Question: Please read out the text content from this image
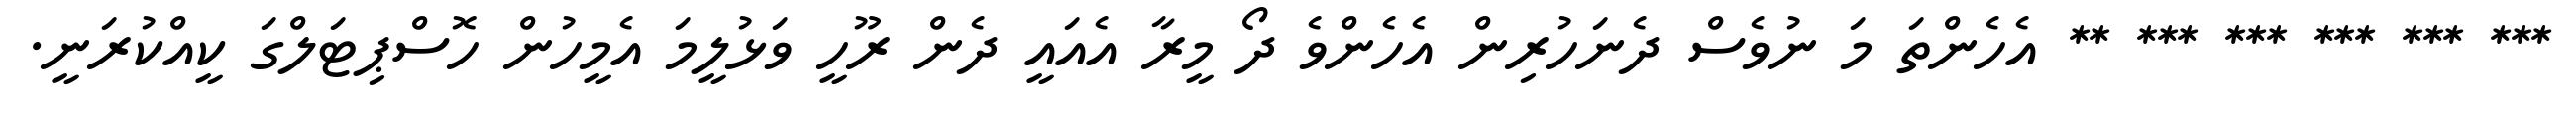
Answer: *** *** *** *** *** ** އެހެންތަ މަ ނުވެސް ދެނަހުރިން އެހެންވެ ދޯ މީރާ އެއައީ ދެން ރޫހީ ވަޅުލީމަ އެމީހުން ހޮސްޕިޓަލްގަ ކީއްކުރަނީ.